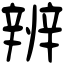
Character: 辨